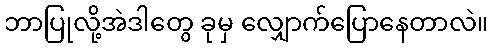
ဘာပြုလို့အဲဒါတွေ ခုမှ လျှောက်ပြောနေတာလဲ။